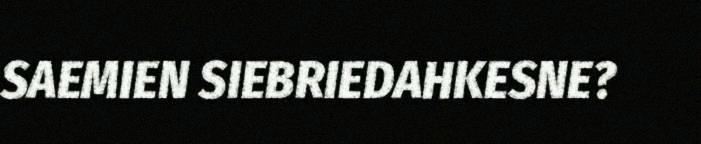
SAEMIEN SIEBRIEDAHKESNE?